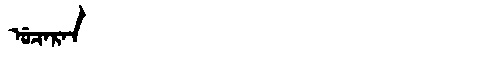
Manchu: ᡠᠴᠠᡵᠠᠨ
Romanization: UCARAN